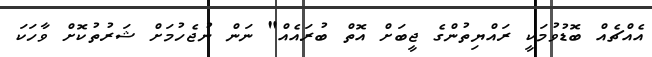
އެއްޗެއް ބޮޑުވުމަކީ ރައްޔިތުންގެ ޖީބަށް އޮތް ބުރައެއް" ނަން ނުޖެހުމަށް ޝަރުތުކޮށް ވާހަކަ